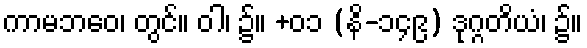
ကာမဘဝေ၊ တွင်။ ဝါ၊ ၌။ +၀၁ (နိ-၁၄၉) ဒုဂ္ဂတိယံ၊ ၌။